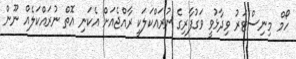
ހޯމް މިނިސްޓަރު ވިދާޅުވީ ވަގުފާރިގެ ނުރައްކަލަކީ ރާއްޖެއަށް އެކަނި އޮތް ނުރައްކަލެއް ނޫން